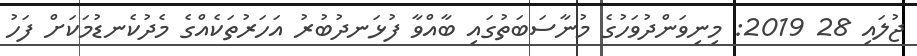
ޖުލައި 28 2019: މިނިވަންދުވަހުގެ މުނާސަބަތުގައި ބާއްވާ ފުޅަނދުބުރު އަހަރުތަކެއްގެ މެދުކެނޑުމަކަށް ފަހު